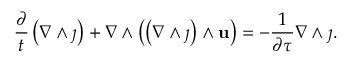
\frac { \partial } { t } \left( \nabla \wedge \j \right) + \nabla \wedge \left( \left( \nabla \wedge \j \right) \wedge \mathbf { u } \right) = - \frac { 1 } { \partial \tau } \nabla \wedge \j .